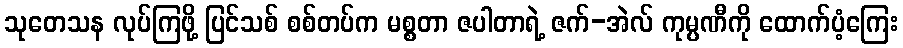
သုတေသန လုပ်ကြဖို့ ပြင်သစ် စစ်တပ်က မစ္စတာ ဇပါတာရဲ့ ဇက်-အဲလ် ကုမ္ပဏီကို ထောက်ပံ့ကြေး